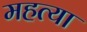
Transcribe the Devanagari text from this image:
महत्या